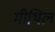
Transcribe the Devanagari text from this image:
मीथिल